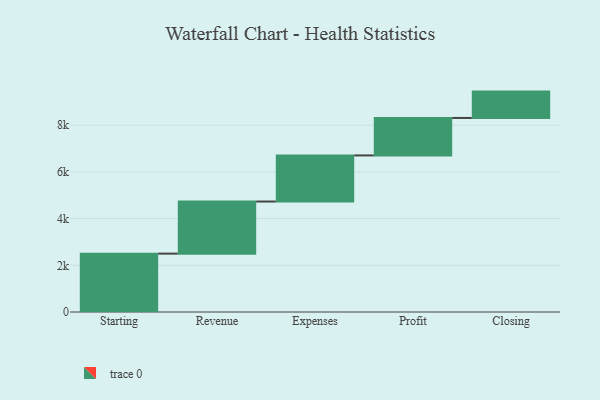
{"axis": {"x": "Step", "y": "Value"}, "legend": [""], "data": [{"x": "Starting", "y": 2500.0, "type": ""}, {"x": "Revenue", "y": 2231.0, "type": ""}, {"x": "Expenses", "y": 1975.0, "type": ""}, {"x": "Profit", "y": 1604.0, "type": ""}, {"x": "Closing", "y": 1129.0, "type": ""}]}